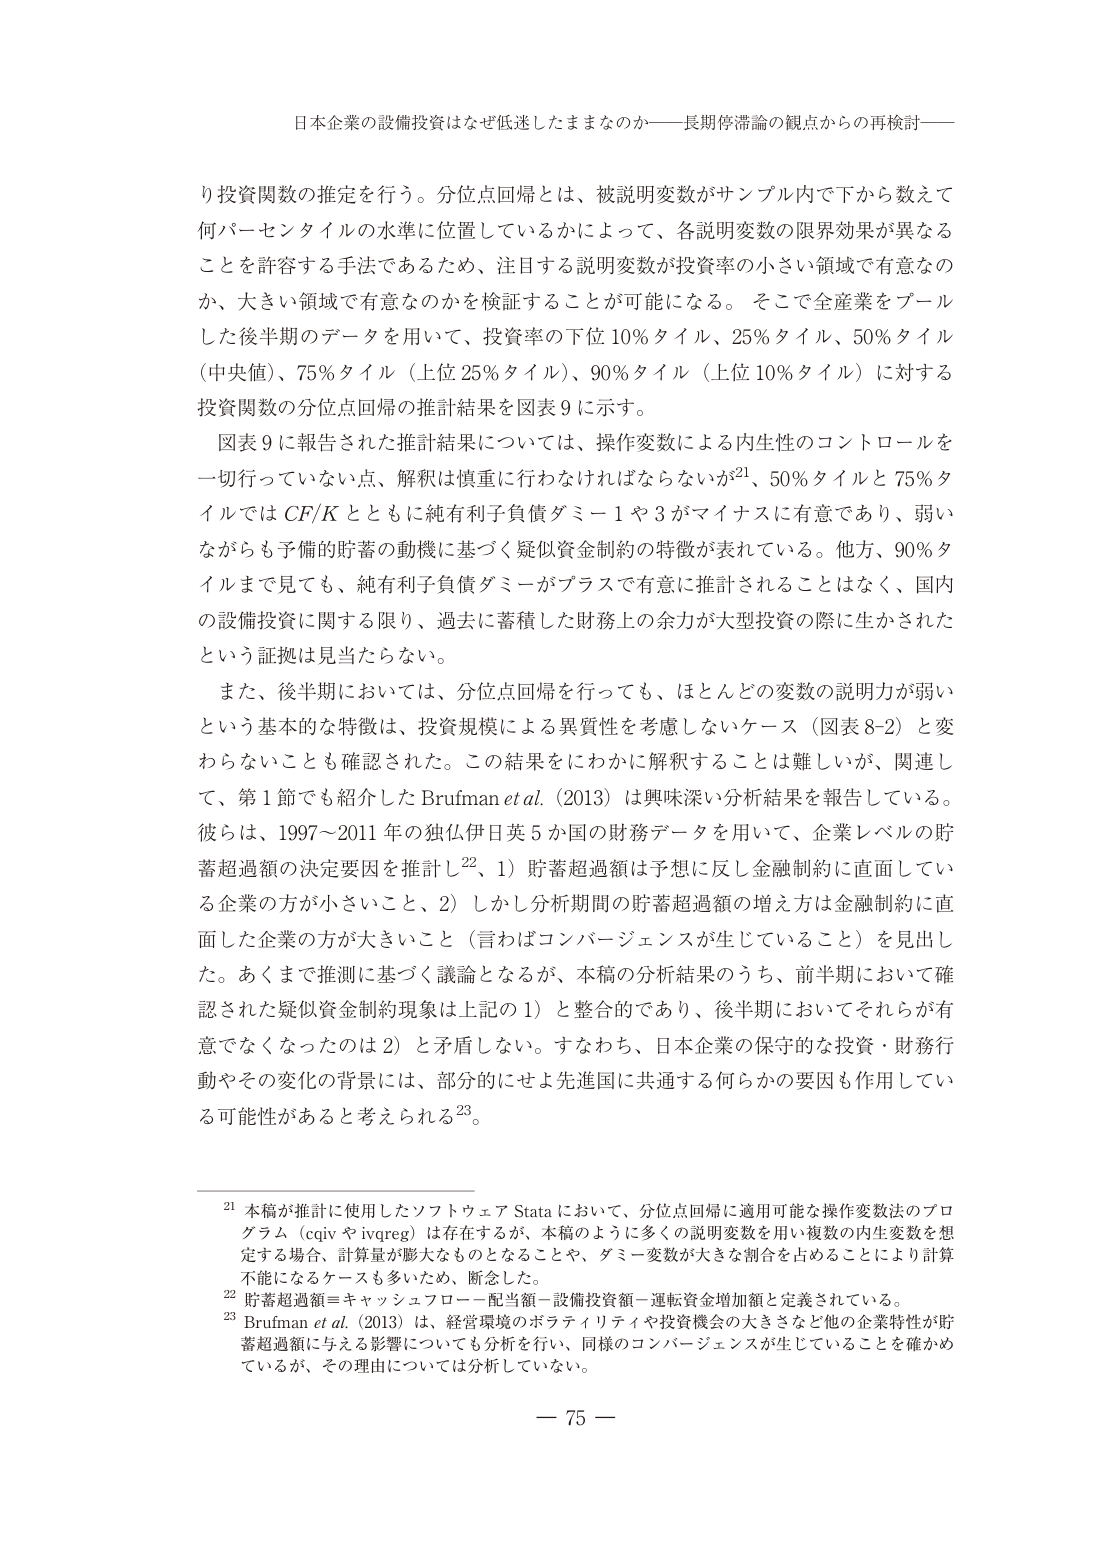
日本企業の設備投資はなぜ低迷したままなのか――長期停滞論の観点からの再検討――

り投資関数の推定を行う。分位点回帰とは、被説明変数がサンプル内で下から数えて
何パーセンタイルの水準に位置しているかによって、各説明変数の限界効果が異なる
ことを許容する手法であるため、注目する説明変数が投資率の小さい領域で有意なの
か、大きい領域で有意なのかを検証することが可能になる。そこで全産業をプール
した後半期のデータを用いて、投資率の下位10％タイル、25％タイル、50％タイル
（中央値）、75％タイル（上位25％タイル）、90％タイル（上位10％タイル）に対する
投資関数の分位点回帰の推計結果を図表9に示す。

図表9に報告された推計結果については、操作変数による内生性のコントロールを
一切行っていない点、解釈は慎重に行わなければならないが21、50％タイルと75％タ
イルではCF/Kとともに純有利子負債ダミー1や3がマイナスに有意であり、弱い
ながらも予備的貯蓄の動機に基づく疑似資金制約の特徴が表れている。他方、90％タ
イルまで見てても、純有利子負債ダミーがプラスで有意に推計されることはない、国内
の設備投資に関する限り、過去に蓄積した財務上の余力が大型投資の際に生かされた
という証拠は見当たらない。

また、後半期においては、分位点回帰を行っても、ほとんどの変数の説明力が弱い
という基本的な特徴は、投資規模による異質性を考慮しないケース（図表8-2）と変
わらないことも確認された。この結果をにわかに解釈することは難しいが、関連し
て、第1節でも紹介したBrufman et al. (2013)は興味深い分析結果を報告している。
彼らは、1997～2011年の独仏伊日英5か国の財務データを用いて、企業レベルの貯
蓄超過額の決定要因を推計し22、1）貯蓄超過額は予想に反し金融制約に直面してい
る企業の方が小さいこと、2）しかし分析期間の貯蓄超過額の増え方は金融制約に直
面した企業の方が大きいこと（言わばコンバージェンスが生じていること）を見出し
た。あくまで推測に基づく議論となるが、本稿の分析結果のうち、前半期において確
認された疑似資金制約現象は上記の1）と整合的であり、後半期においてそれらが有
意でなくなったのは2）と矛盾しない。すなわち、日本企業の保守的な投資・財務行
動やその変化の背景には、部分的にせよ先進国に共通する何らかの要因も作用してい
る可能性があると考えられる23。

21 本稿が推計に使用したソフトウェアStataにおいて、分位点回帰に適用可能な操作変数法のプロ
グラム（cqivやivqreg）は存在するが、本稿のように多くの説明変数を用い複数の内生変数を想
定する場合、計算量が膨大なものとなることや、ダミー変数が大きな割合を占めることにより計算
不能になるケースも多いため、断念した。

22 貯蓄超過額＝キャッシュフロー－配当額－設備投資額－運転資金増加額と定義されている。

23 Brufman et al. (2013)は、経営環境のボラティリティや投資機会の大きさなど他の企業特性が貯
蓄超過額に与える影響についても分析を行い、同様のコンバージェンスが生じていることを確かめ
ているが、その理由については分析していない。

－ 75 －